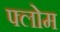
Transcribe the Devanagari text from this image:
फ्लोम